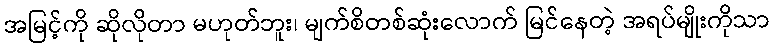
အမြင့်ကို ဆိုလိုတာ မဟုတ်ဘူး၊ မျက်စိတစ်ဆုံးလောက် မြင်နေတဲ့ အရပ်မျိုးကိုသာ